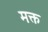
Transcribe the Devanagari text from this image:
मक्त